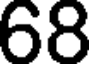
68